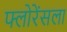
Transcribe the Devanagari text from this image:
फ्लोरेंसला